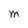
Character: M